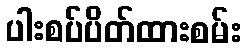
ပါးစပ်ပိတ်ထားစမ်း